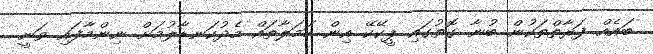
ބައެއް ފަރާތްތަކުން ބުނާ ގޮތުގައި ޕީކޭކޭ އިން ހަމަލާތައް މެދުކަނޑާލުމަށް ނިންމާފައި ވަނީ